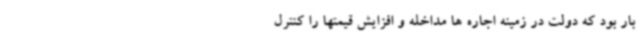
بار بود که دولت در زمینه اجاره ها مداخله و افزایش قیمتها را کنترل